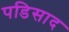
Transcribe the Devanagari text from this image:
पडिसाद